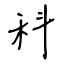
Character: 科